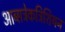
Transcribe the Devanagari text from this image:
आब्सट्रेकट्रिशियन